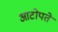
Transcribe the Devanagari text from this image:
आटोपते